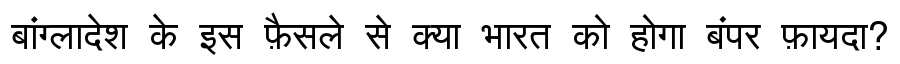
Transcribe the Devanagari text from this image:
बांग्लादेश के इस फ़ैसले से क्या भारत को होगा बंपर फ़ायदा?